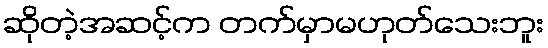
ဆိုတဲ့အဆင့်က တက်မှာမဟုတ်သေးဘူး